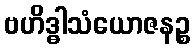
ဗဟိဒ္ဓါသံယောဇနဉ္စ